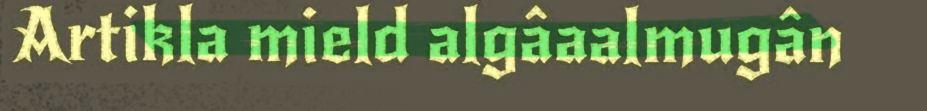
Artikla mield algâaalmugân